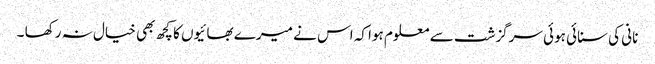
نانی کی سنائی ہوئی سرگزشت سے معلوم ہوا کہ اس نے میرے بھائیوں کا کچھ بھی خیال نہ رکھا ۔